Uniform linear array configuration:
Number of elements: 4
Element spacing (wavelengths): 0.75
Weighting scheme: hann
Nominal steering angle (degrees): -60
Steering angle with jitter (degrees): -60.064
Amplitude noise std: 0.05
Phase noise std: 0.05

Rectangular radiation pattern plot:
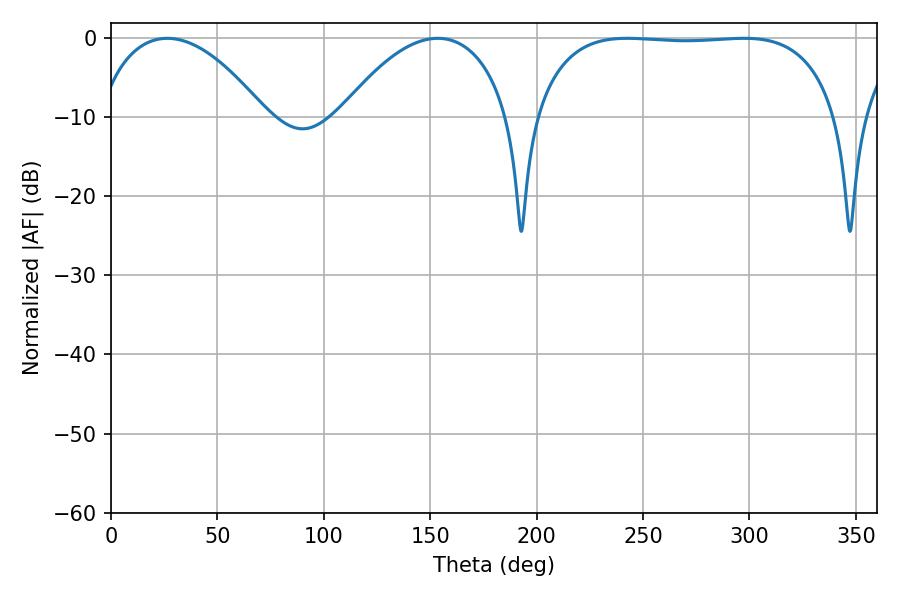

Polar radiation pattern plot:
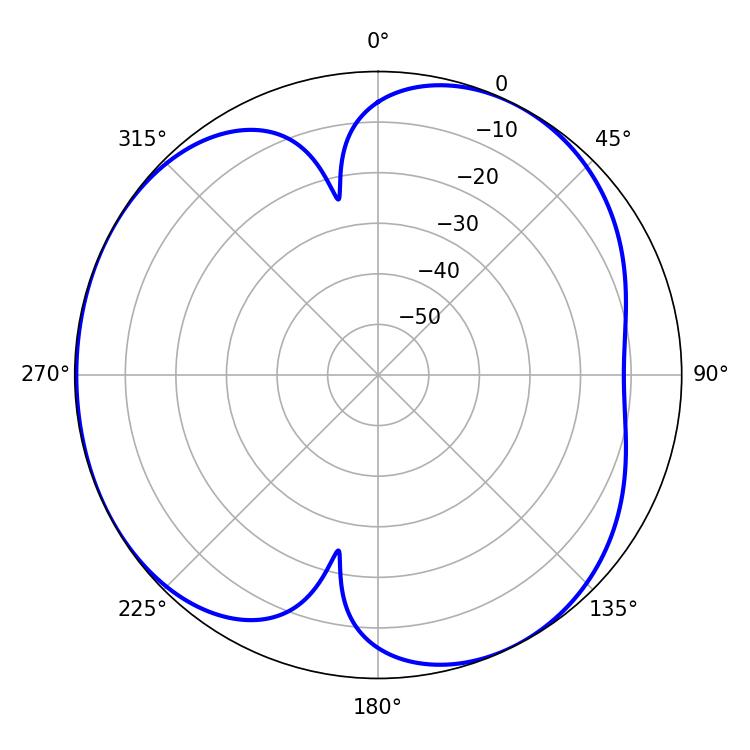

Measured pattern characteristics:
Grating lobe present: TRUE
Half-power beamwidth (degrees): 44.64
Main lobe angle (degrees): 26.46